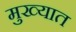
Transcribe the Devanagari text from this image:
मुख्यात